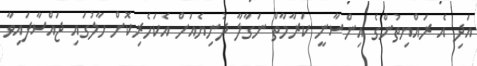
އަދި އެ ރައްޔިތުންގެ އިންސާނީ ކަރާމާތް ނަގާލާ ދުނިޔެއަށް އެކަހެރިކޮށް ހާލުގައި ޖައްސާފައިވާ